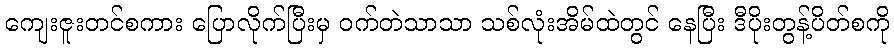
ကျေးဇူးတင်စကား ပြောလိုက်ပြီးမှ ဝက်တဲသာသာ သစ်လုံးအိမ်ထဲတွင် နေပြီး ဒီပိုးတွန့်ပိတ်စကို